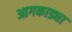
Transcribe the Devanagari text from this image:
आगकाड्या